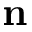
\mathbf { n }